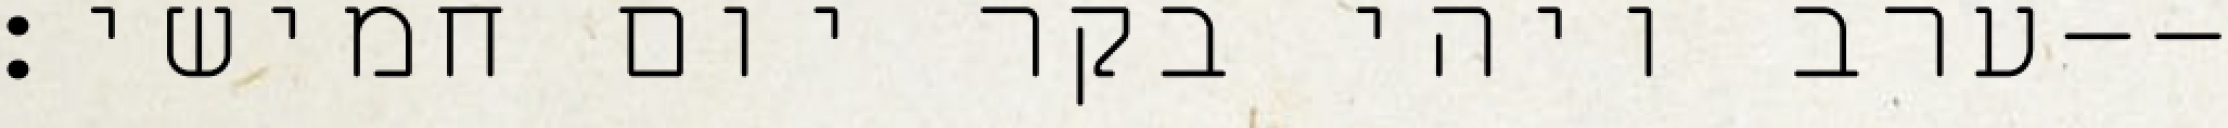
ערב ויהי בקר יום חמישי׃--